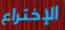
الإختراع